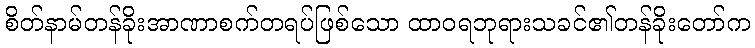
စိတ်နာမ်တန်ခိုးအာဏာစက်တရပ်ဖြစ်သော ထာဝရဘုရားသခင်၏တန်ခိုးတော်က